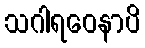
သဂါရဝေနာပိ